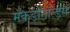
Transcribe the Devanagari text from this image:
मॅकडोनॉल्ड्स